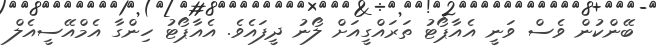
ބޭންކުން ވެސް ވަނީ އެއާޕޯޓު ތަރައްގީއަށް ލޯނު ދީފައެވެ. އެއާޕޯޓު ހިންގާ އެމްއޭސީއެލް